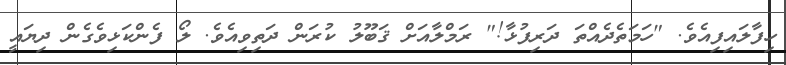
ހިފާލައިފިއެވެ. "ހަމަތެދެއްތަ ދަރިފުޅާ!" ރަމްލާއަށް ޤަބޫލު ކުރަން ދަތިވިއެވެ. ލޯ ފެންކަޅިވެގެން ދިޔައީ